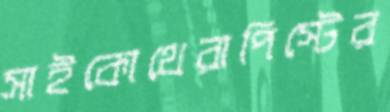
সাইকোথেরাপিস্টের